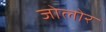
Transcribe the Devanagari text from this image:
जोलोर